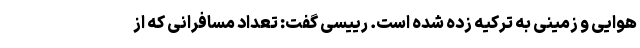
هوایی و زمینی به ترکیه زده شده است. رییسی گفت: تعداد مسافرانی که از